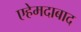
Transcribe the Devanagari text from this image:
एहेमदाबाद